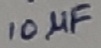
Text: 100µF